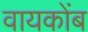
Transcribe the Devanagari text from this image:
वायकोंब